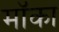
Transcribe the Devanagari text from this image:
मॉका